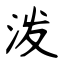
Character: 泼